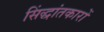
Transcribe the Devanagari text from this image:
सिंद्धांतकारों